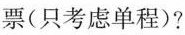
票(只考虑单程)?